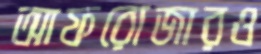
আফরোজারও